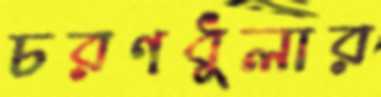
চরণধুলার